Cholera in India, 1862 to 1881
Year: 1862
Disease focus: Cholera
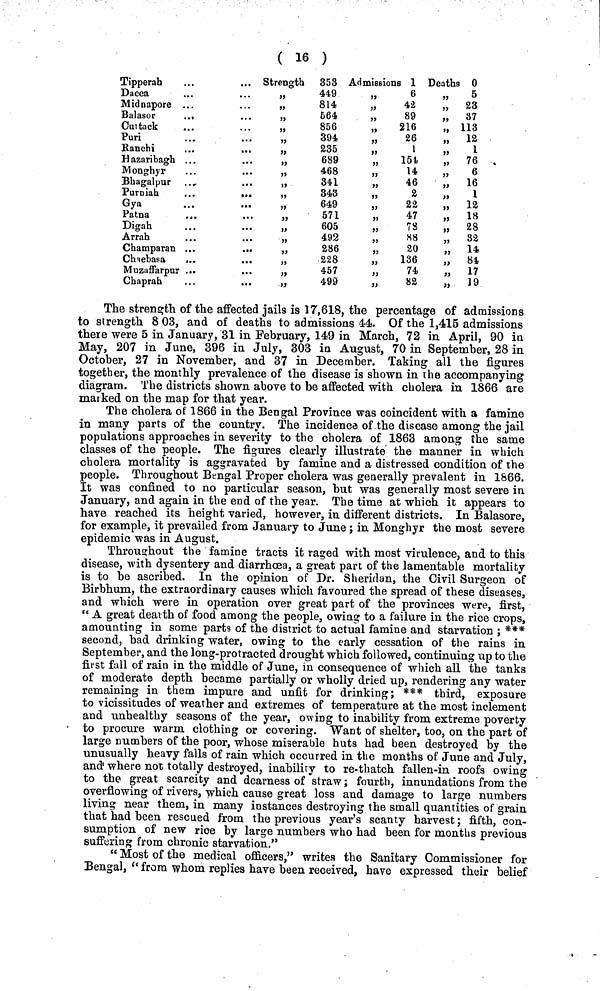
( 16 )
Tipperah
Dacca
Midnapore ..
Balasor
Cut tack
Puri
Ranchi
Hazaribagh .
Monghyr
Bhagalpur
Purniah
.
..
Gya
Patna
. .
Digah
Arrah
Champaran .
...
Chaebasa
Muzaffarpur .
Chaprah
Strength
353
449
814
664
856
394
235
„
689
468
341
„
343
649
571
„
605
492
286
228
457
499
Admissions 1
6
42
89
„
216
26
1
„
154
H
46
2
22
47
78
88
20
136
74
82
Deaths 0
„
5
„ 23
„ 37
„ 113
„ 12
"
1
„ 76
„
6
„ 16
" 1
"
12
„ 18
„ 28
„ 82
„ 14
„ 84
" 17
„ 19
The strength of the affected jails is 17,618, the percentage of admissions
to strength 8 03, and of deaths to admissions 44. Of the 1,415 admissions
there were 5 in January, 31 in February, 149 in March, 72 in April, 90 in
May, 207 in June, 396 in July, 303 in August, 70 in September, 28 in
October, 27 in November, and 37 in December. Taking all the figures
together, the monthly prevalence of the disease is shown in the accompanying
diagram. The districts shown above to be affected with cholera in 1866 are
marked on the map for that year.
The cholera of 1866 in the Bengal Province was coincident with a famine
in many parts of the country. The incidence of the disease among the jail
populations approaches in severity to the cholera of 1863 among the same
classes of the people. The figures clearly illustrate the manner in which,
cholera mortality is aggravated by famine and a distressed condition of the
people. Throughout Bengal Proper cholera was generally prevalent in 1866.
It was confined to no particular season, but was generally most severe in
January, and again in the end of the year. The time at which it appears to
have reached its height varied, however, in different districts. In Balasore,
for example, it prevailed from January to June ; in Monghyr the most severe
epidemic was in August.
Throughout the famine tracts it raged with most virulence, and to this
disease, with dysentery and diarrhoea, a great part of the lamentable mortality
is to he ascribed. In the opinion of Dr. Sheridan, the Civil Surgeon of
Birbhum, the extraordinary causes which favoured the spread of these diseases,
and which were in operation over great part of the provinces were, first,
" A great death of food among the people, owing to a failure in the rice crops,
amounting in some parts of the district to actual famine and starvation ; ***
second, bad drinking water, owing to the early cessation of the rains in
September, and the long-protracted drought which followed, continuing up to the
first fall of rain in the middle of June, in consequence of which all the tanks
of moderate depth became partially or wholly dried up, rendering any water
remaining in them impure and unfit for drinking; *** third, exposure
to vicissitudes of weather and extremes of temperature at the most inclement
and unhealthy seasons of the year, owing to inability from extreme poverty
to procure warm clothing or covering. Want of shelter, too, on the part of
large numbers of the poor, whose miserable huts had been destroyed by the
unusually heavy falls of rain which occurred in the months of June and July,
and where not totally destroyed, inability to re-thatch fallen-in roofs owing
to the great scarcity and dearness of straw; fourth, innundations from the
overflowing of rivers, which cause great loss and damage to large numbers
living near them, in many instances destroying the small quantities of grain
that had been rescued from the previous year's scanty harvest ; fifth, con-
sumption of new rice by large numbers who had been for months previous
suffering from chronic starvation."
" Most of the medical officers," writes the Sanitary Commissioner for
Bengal, " from whom replies have been received, have expressed their belief